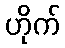
ဟိုက်